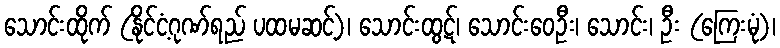
သောင်းထိုက် (နိုင်ငံ့ဂုဏ်ရည် ပထမဆင့်)၊ သောင်းထွဋ်၊ သောင်းဝေဦး၊ သောင်း၊ ဦး (ကြေးမုံ)၊